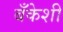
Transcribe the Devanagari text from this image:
बँकेशी